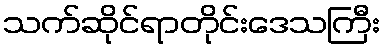
သက်ဆိုင်ရာတိုင်းဒေသကြီး